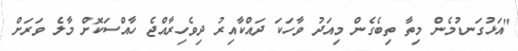
"އަޅުގަނޑުމެން މިތާ ތިބެގެން މިއަދު ވާހަކަ ދައްކާއިރު ދިވެހިރާއްޖެ ހާއްސަކޮށް މާލެ ވަރަށް